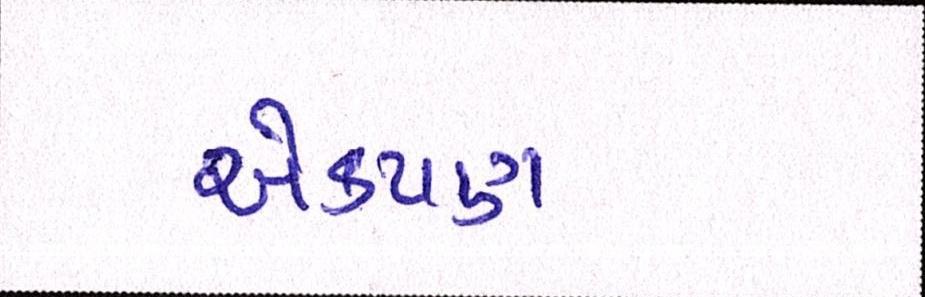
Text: એકપણ